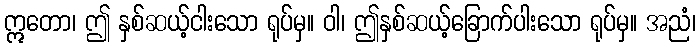
ဣတော၊ ဤ နှစ်ဆယ့်ငါးသော ရုပ်မှ။ ဝါ၊ ဤနှစ်ဆယ့်ခြောက်ပါးသော ရုပ်မှ။ အညံ၊